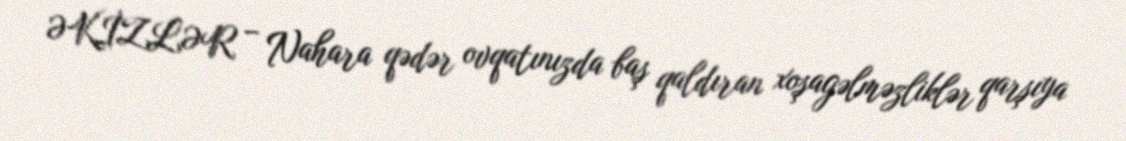
ƏKİZLƏR – Nahara qədər ovqatınızda baş qaldıran xoşagəlməzliklər qarşıya